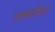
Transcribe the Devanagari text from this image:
एक्सपीचा